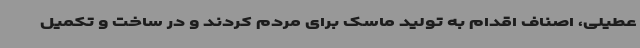
عطیلی، اصناف اقدام به تولید ماسک برای مردم کردند و در ساخت و تکمیل